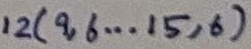
Text: 12(9,6...15,6)